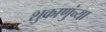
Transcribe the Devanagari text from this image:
शुक्राणुंच्या